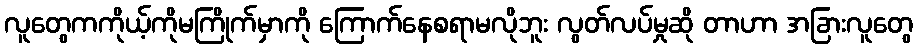
လူတွေကကိုယ့်ကိုမကြိုက်မှာကို ကြောက်နေစရာမလိုဘူး လွတ်လပ်မှုဆို တာဟာ အခြားလူတွေ